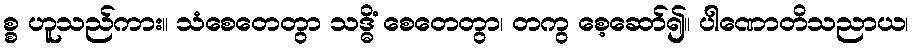
စ္စ ဟူသည်ကား။ သံစေတေတွာ သဒ္ဓိံ စေတေတွာ၊ တကွ စေ့ဆော်၍။ ပါဏောတိသညာယ၊